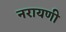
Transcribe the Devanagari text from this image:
नरायणी